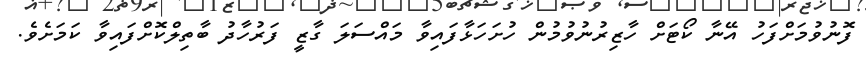
ފޮނުވުމަށްފަހު އޭނާ ކޯޓަށް ހާޒިރުނުވުމުން ހުށަހަޅާފައިވާ މައްސަލަ ގާޒީ ފަރުހާދު ބާތިލްކޮށްފައިވާ ކަމަށެވެ.